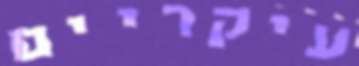
עיקריים